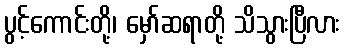
ပွင့်ကောင်းတို့၊ မှော်ဆရာတို့ သိသွားပြီလား